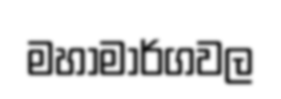
මහාමාර්ගවල